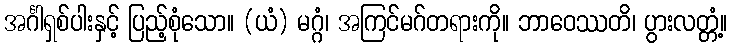
အင်္ဂါရှစ်ပါးနှင့် ပြည့်စုံသော။ (ယံ) မဂ္ဂံ၊ အကြင်မဂ်တရားကို။ ဘာဝေဿတိ၊ ပွားလတ္တံ့။